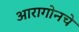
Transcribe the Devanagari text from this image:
आरागोनचे